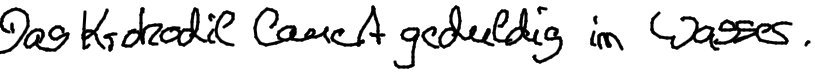
Das Krokodil lauert geduldig im Wasser.